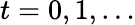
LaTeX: t=0,1,\ldots